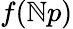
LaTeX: f(\mathbb{N}p)